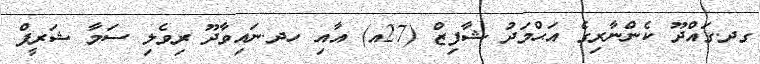
ގދ.ގައްދޫ ކެންނާރިގެ އަޙްމަދު ޝާފިޒް (27އ) އާއި ހދ.ނައިވާދޫ ރިވެލި ސަމާ ޝަރީފް